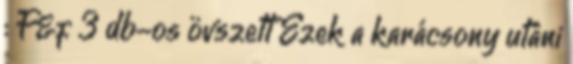
: F&f 3 db-os övszett Ezek a karácsony utáni